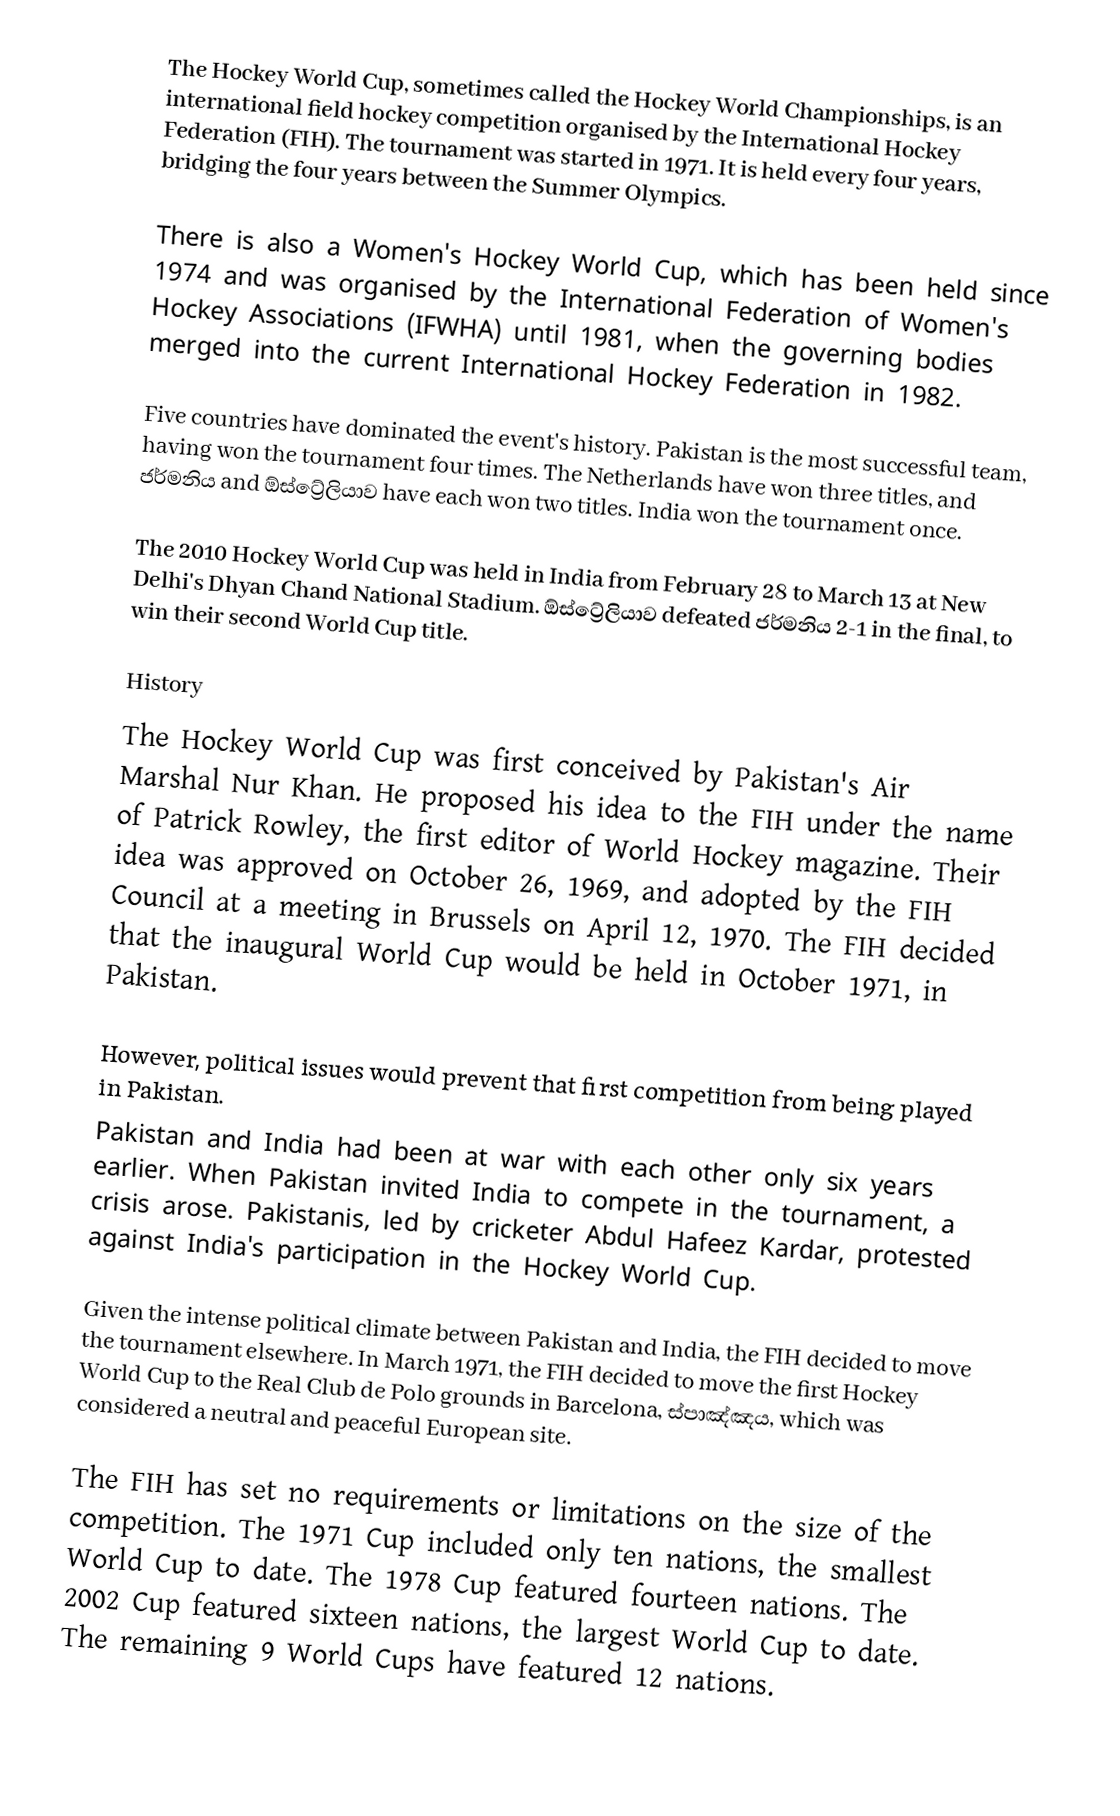
The Hockey World Cup, sometimes called the Hockey World Championships, is an international field hockey competition organised by the International Hockey Federation (FIH).  The tournament was started in 1971.  It is held every four years, bridging the four years between the Summer Olympics.

There is also a Women's Hockey World Cup, which has been held since 1974 and was organised by the International Federation of Women's Hockey Associations (IFWHA) until 1981, when the governing bodies merged into the current International Hockey Federation in 1982.

Five countries have dominated the event's history. Pakistan is the most successful team, having won the tournament four times. The Netherlands have won three titles, and ජර්මනිය and ඕස්ට්‍රේලියාව have each won two titles. India won the tournament once.

The 2010 Hockey World Cup was held in India from February 28 to March 13 at New Delhi's Dhyan Chand National Stadium. ඕස්ට්‍රේලියාව defeated ජර්මනිය 2-1 in the final, to win their second World Cup title.

History
The Hockey World Cup was first conceived by Pakistan's Air Marshal Nur Khan. He proposed his idea to the FIH under the name of Patrick Rowley, the first editor of World Hockey magazine. Their idea was approved on October 26, 1969, and adopted by the FIH Council at a meeting in Brussels on April 12, 1970. The FIH decided that the inaugural World Cup would be held in October 1971, in Pakistan.

However, political issues would prevent that first competition from being played in Pakistan.
Pakistan and India had been at war with each other only six years earlier.  When Pakistan invited India to compete in the tournament, a crisis arose.  Pakistanis, led by cricketer Abdul Hafeez Kardar, protested against India's participation in the Hockey World Cup.

Given the intense political climate between Pakistan and India, the FIH decided to move the tournament elsewhere.  In March 1971, the FIH decided to move the first Hockey World Cup to the Real Club de Polo grounds in Barcelona, ස්පාඤ්ඤය, which was considered a neutral and peaceful European site.

The FIH has set no requirements or limitations on the size of the competition. The 1971 Cup included only ten nations, the smallest World Cup to date. The 1978 Cup featured fourteen nations. The 2002 Cup featured sixteen nations, the largest World Cup to date. The remaining 9 World Cups have featured 12 nations.